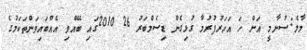
މާލެ:ސުނާމީ އަށް ހަ އަހަރުފުރުމާ ގުޅިގެން ޑިސެމްބަރު 26 2010ގައި ބޭއްވި އެއްބައިވަންތަކަމުގެ